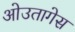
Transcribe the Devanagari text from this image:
ओउतागेस